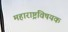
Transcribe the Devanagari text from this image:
महाराष्ट्रविषयक